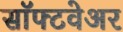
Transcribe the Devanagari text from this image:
साॅफ्टवेअर